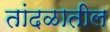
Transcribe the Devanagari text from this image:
तांदळातील